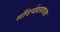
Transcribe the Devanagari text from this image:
सौंदर्यप्रसाधक